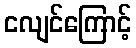
ငလျင်ကြောင့်